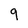
Character: 9